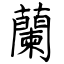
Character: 蘭